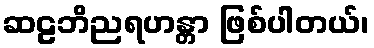
ဆဠဘိညရဟန္တာ ဖြစ်ပါတယ်၊